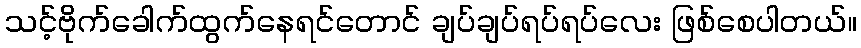
သင့်ဗိုက်ခေါက်ထွက်နေရင်တောင် ချပ်ချပ်ရပ်ရပ်လေး ဖြစ်စေပါတယ်။